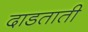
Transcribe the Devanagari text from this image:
दाडताती